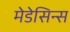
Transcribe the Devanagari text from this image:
मेडेसिन्स